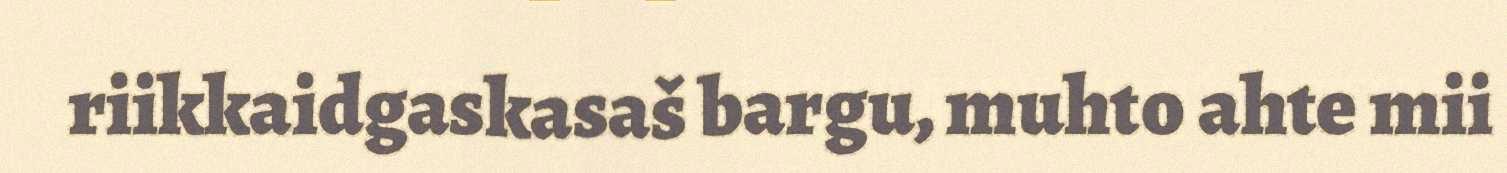
riikkaidgaskasaš bargu, muhto ahte mii